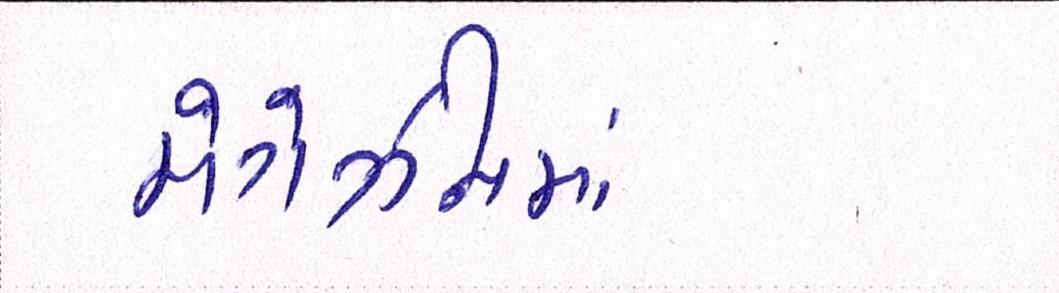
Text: મેગેઝીનમાં